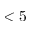
< 5